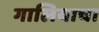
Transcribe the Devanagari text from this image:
गालियाचा